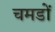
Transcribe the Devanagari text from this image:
चमडों